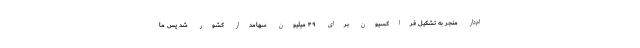
ام‌دار منجر به تشکیل فراکسیون برای ۴۹ میلیون سهامدار کشور شد پس ما